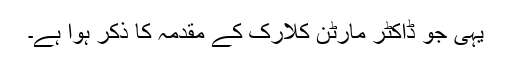
یہی جو ڈاکٹر مارٹن کلارک کے مقدمہ کا ذکر ہوا ہے۔